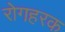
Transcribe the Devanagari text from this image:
रोगहरक